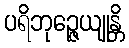
ပရိဘုဉ္ဇေယျုန္တိ